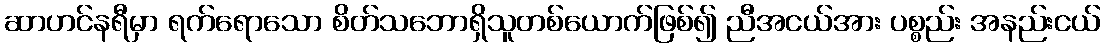
ဆာဟင်နရီမှာ ရက်ရောသော စိတ်သဘောရှိသူတစ်ယောက်ဖြစ်၍ ညီအငယ်အား ပစ္စည်း အနည်းငယ်